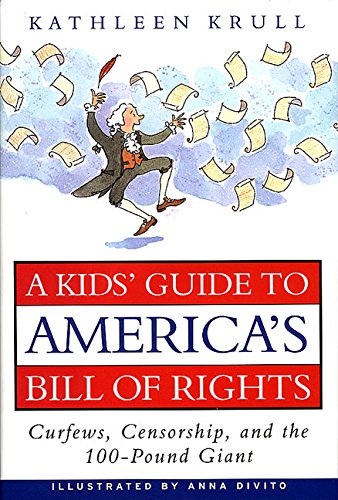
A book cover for A Kids' Guide to America's Bill of Rights: Curfews, Censorship, and the 100-Pound Giant; Kathleen Krull; Children's Books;